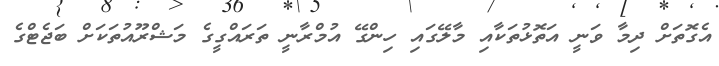
އެގޮތަށް ދިމާ ވަނީ އަތޮޅުތަކާއި މާލޭގައި ހިންގޭ އުމްރާނީ ތަރައްގީގެ މަޝްރޫއުތަކަށް ބަޖެޓްގެ